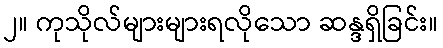
၂။ ကုသိုလ်များများရလိုသော ဆန္ဒရှိခြင်း။